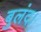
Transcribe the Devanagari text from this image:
बुलंद।